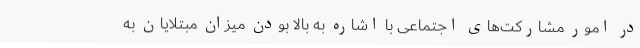
در امور مشارکت‌های اجتماعی با اشاره به بالا بودن میزان مبتلایان به